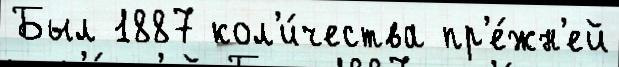
Был 1887 кол'и́чества пр'е́жн'ей